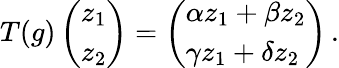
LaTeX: T(g)\left(\begin{array}{l}{{z_{1}}}\\ {{z_{2}}}\end{array}\right)=\left(\begin{array}{ll}{{\alpha z_{1}+\beta z_{2}}}\\ {{\gamma z_{1}+\delta z_{2}}}\end{array}\right)\, .